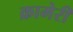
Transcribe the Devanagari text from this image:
क्रामेरी